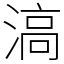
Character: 滈